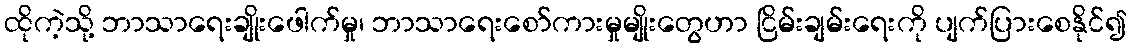
ထိုကဲ့သို့ ဘာသာရေးချိုးဖေါက်မှု၊ ဘာသာရေးစော်ကားမှုမျိုးတွေဟာ ငြိမ်းချမ်းရေးကို ပျက်ပြားစေနိုင်၍